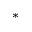
^ { * }